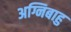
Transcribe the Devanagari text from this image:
अग्निबाहु